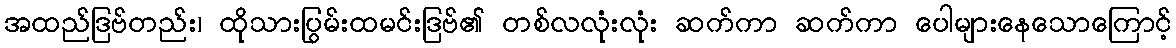
အထည်ဒြဗ်တည်း၊ ထိုသားပြွမ်းထမင်းဒြဗ်၏ တစ်လလုံးလုံး ဆက်ကာ ဆက်ကာ ပေါများနေသောကြောင့်